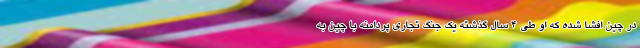
در چین افشا شده که او طی 4 سال گذشته یک جنگ تجاری پردامنه با چین به